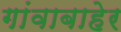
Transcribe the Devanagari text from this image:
गांवाबाहेर